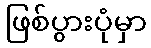
ဖြစ်ပွားပုံမှာ